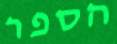
הספר